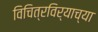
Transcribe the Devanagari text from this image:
विचित्रविर्याच्या